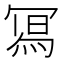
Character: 𭂁